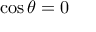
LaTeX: \cos { \theta } = 0